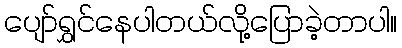
ပျော်ရွှင်နေပါတယ်လို့ပြောခဲ့တာပါ။